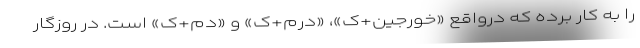
را به کار برده که درواقع «خورجین+ک»، «درم+ک» و «دم+ک» است. در روزگار